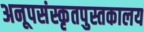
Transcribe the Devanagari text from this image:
अनूपसंस्कृतपुस्तकालय